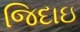
જિદાઇ